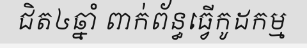
ជិត៤ឆ្នាំ ពាក់ព័ន្ធធ្វើកូដកម្ម